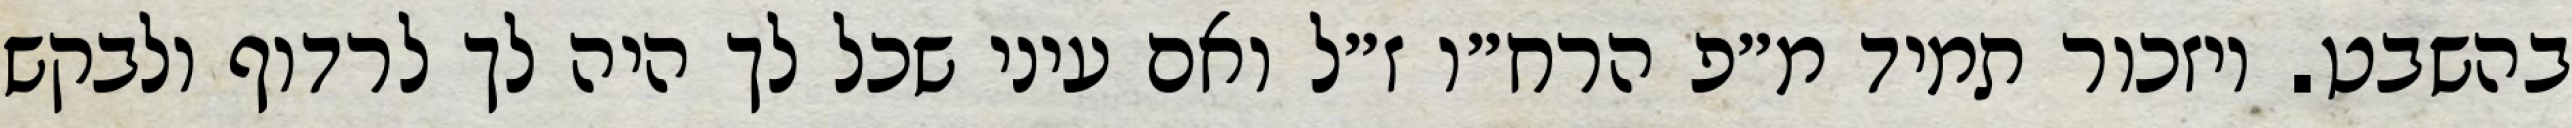
בהשבט. ויזכור תמיד מ״פ הרח״ו ז״ל ואם עיני שכל לך היה לך לרדוף ולבקש